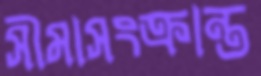
সীমাসংক্রান্ত